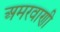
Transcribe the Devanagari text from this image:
अमरवाणी